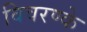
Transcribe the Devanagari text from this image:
विवरण्के